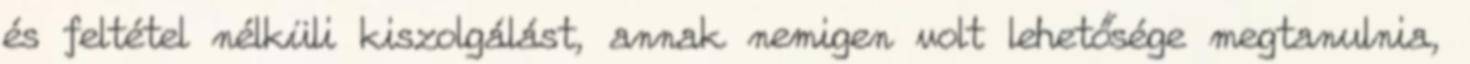
és feltétel nélküli kiszolgálást, annak nemigen volt lehetősége megtanulnia,